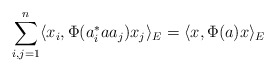
\begin{align*} \sum_{i,j=1}^n \langle x_i, \Phi(a^\ast_i a a_j) x_j \rangle_E = \langle x , \Phi(a) x \rangle_E \end{align*}